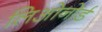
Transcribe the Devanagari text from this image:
लिओनोर्ड